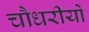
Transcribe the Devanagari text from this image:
चौधरीयों